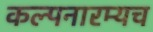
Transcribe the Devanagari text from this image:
कल्पनारम्यच